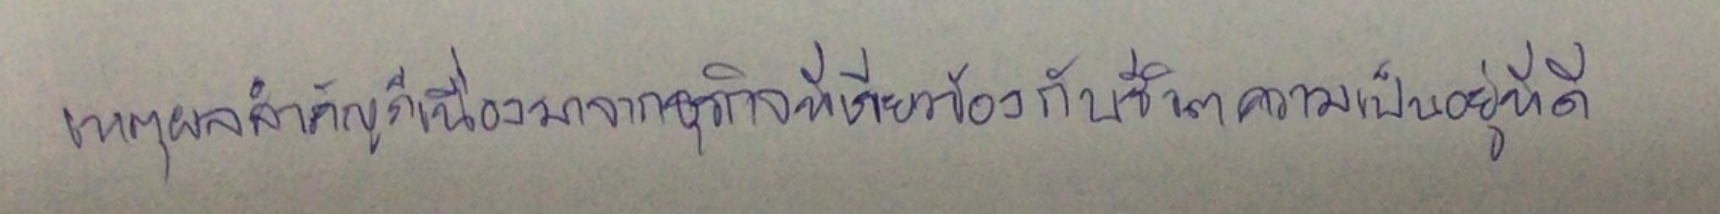
เหตุผลสำคัญก็เนื่องมาจากธุรกิจที่เกี่ยวข้องกับชีวิตความเป็นอยู่ที่ดี